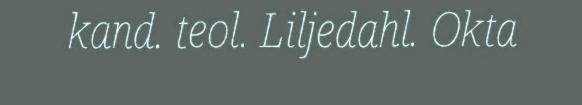
kand. teol. Liljedahl. Okta